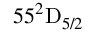
5 5 ^ { 2 } \mathrm { D } _ { 5 / 2 }